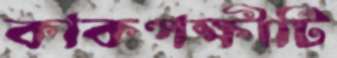
কাকপক্ষীটি